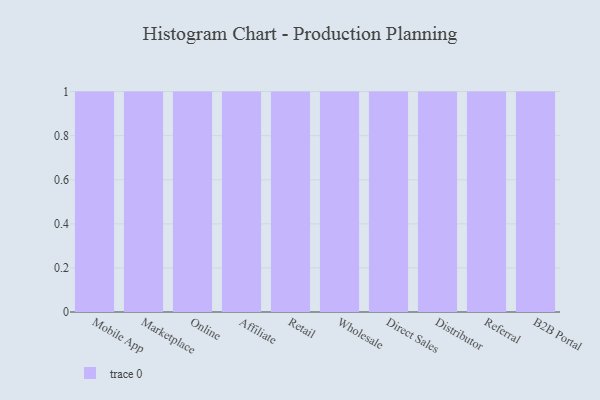
{"axis": {"x": "Channel", "y": "Active Users"}, "legend": [""], "data": [{"x": "Mobile App", "y": 88, "type": ""}, {"x": "Marketplace", "y": 2, "type": ""}, {"x": "Online", "y": 85, "type": ""}, {"x": "Affiliate", "y": 76, "type": ""}, {"x": "Retail", "y": 22, "type": ""}, {"x": "Wholesale", "y": 20, "type": ""}, {"x": "Direct Sales", "y": 75, "type": ""}, {"x": "Distributor", "y": 6, "type": ""}, {"x": "Referral", "y": 59, "type": ""}, {"x": "B2B Portal", "y": 24, "type": ""}]}